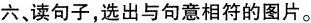
六,读句子,选出与句意相符的图片。